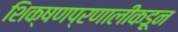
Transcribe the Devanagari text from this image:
शिक्षणप्रणालीकडून